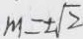
m = \pm \sqrt { 2 }